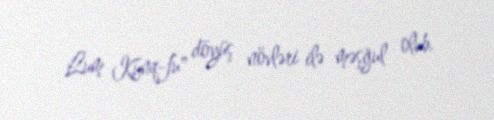
Lum Kunq-fu" döyüş növləri ilə məşğul olub.